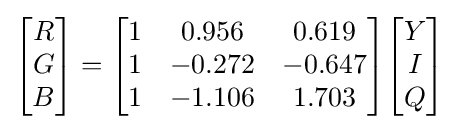
{\begin{bmatrix}R\\G\\B\end{bmatrix}}={\begin{bmatrix}1&0.956&0.619\\1&-0.272&-0.647\\1&-1.106&1.703\end{bmatrix}}{\begin{bmatrix}Y\\I\\Q\end{bmatrix}}